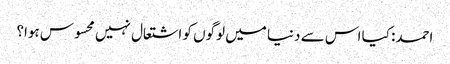
احمد: کیا اس سے دنیا میں لوگوں کو اشتعال نہیں محسوس ہوا؟